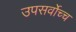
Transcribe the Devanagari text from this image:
उपसर्वोच्च